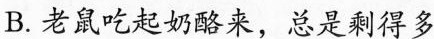
B.老鼠吃起奶酪来，总是剩得多